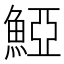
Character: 𩸋